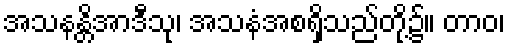
အသနန္တိအာဒီသု၊ အသနံအစရှိသည်တို့၌။ တာဝ၊